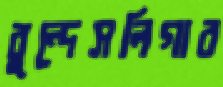
বুন্দেসলিগার